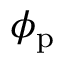
\phi _ { \mathrm { p } }